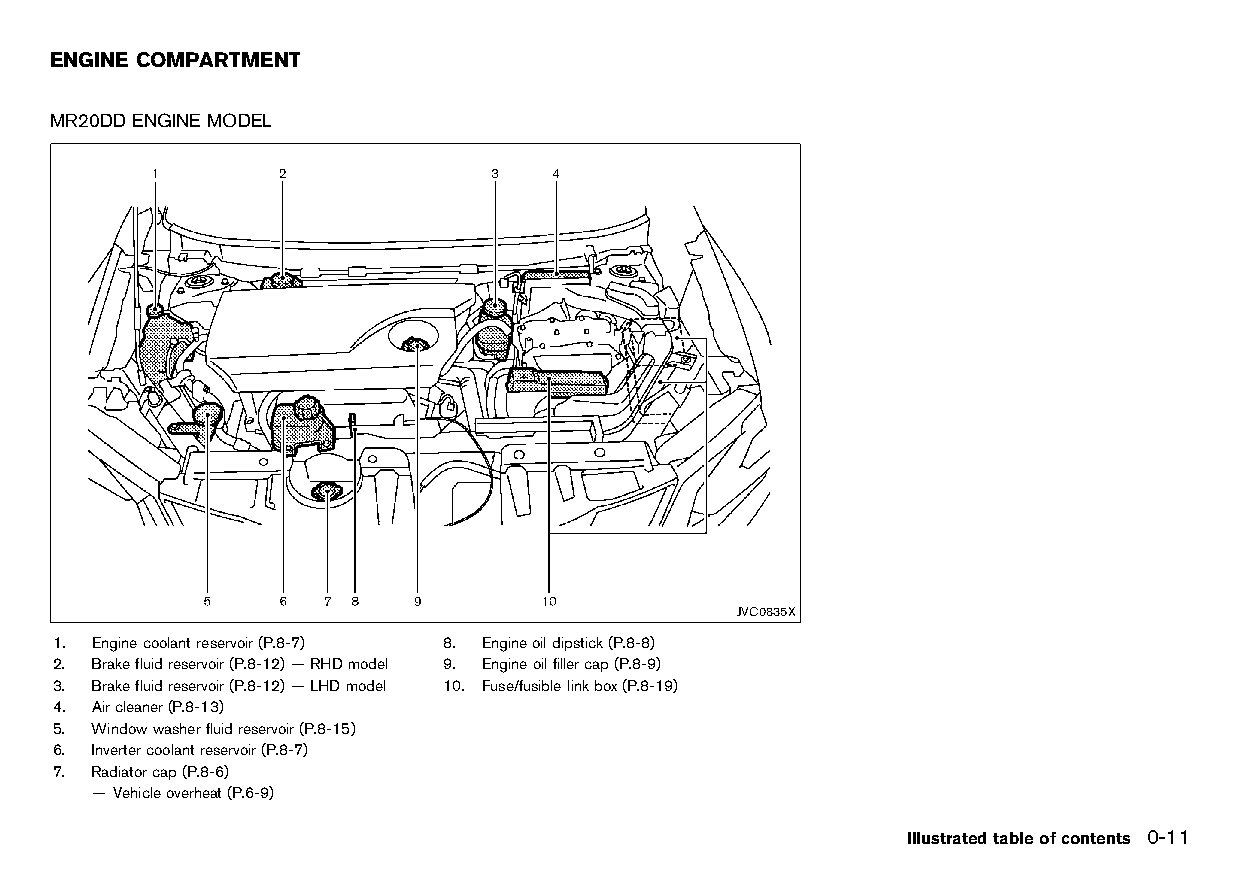
(25,1)
 ENGINE COMPARTMENT
 HT32A1-5B4D951A-E33B-40B3-B46A-59CAD646A8B4
 MR20DDENGINE MODEL
 HT32A1-0469BBE0-67EA-4CAC-8CA8-6DA80E9EE1CA
 JVC0835X
 1. Enginecoolantreservoir(P.8-7) 8. Engineoildipstick(P.8-8)
 2. Brakefluidreservoir(P.8-12)—RHDmodel 9. Engineoilfillercap(P.8-9)
 3. Brakefluidreservoir(P.8-12)—LHDmodel 10. Fuse/fusiblelinkbox(P.8-19)
 4. Aircleaner(P.8-13)
 5. Windowwasherfluidreservoir(P.8-15)
 6. Invertercoolantreservoir(P.8-7)
 7. Radiatorcap(P.8-6)
 — Vehicleoverheat(P.6-9)
 Illustratedtableofcontents 0-11
 Condition:                        [Edit:2015/8/24 Model: HT32-A]